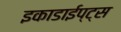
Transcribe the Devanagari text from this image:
इकाडाईप्ट्स